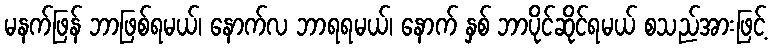
မနက်ဖြန် ဘာဖြစ်ရမယ်၊ နောက်လ ဘာရရမယ်၊ နောက် နှစ် ဘာပိုင်ဆိုင်ရမယ် စသည်အားဖြင့်